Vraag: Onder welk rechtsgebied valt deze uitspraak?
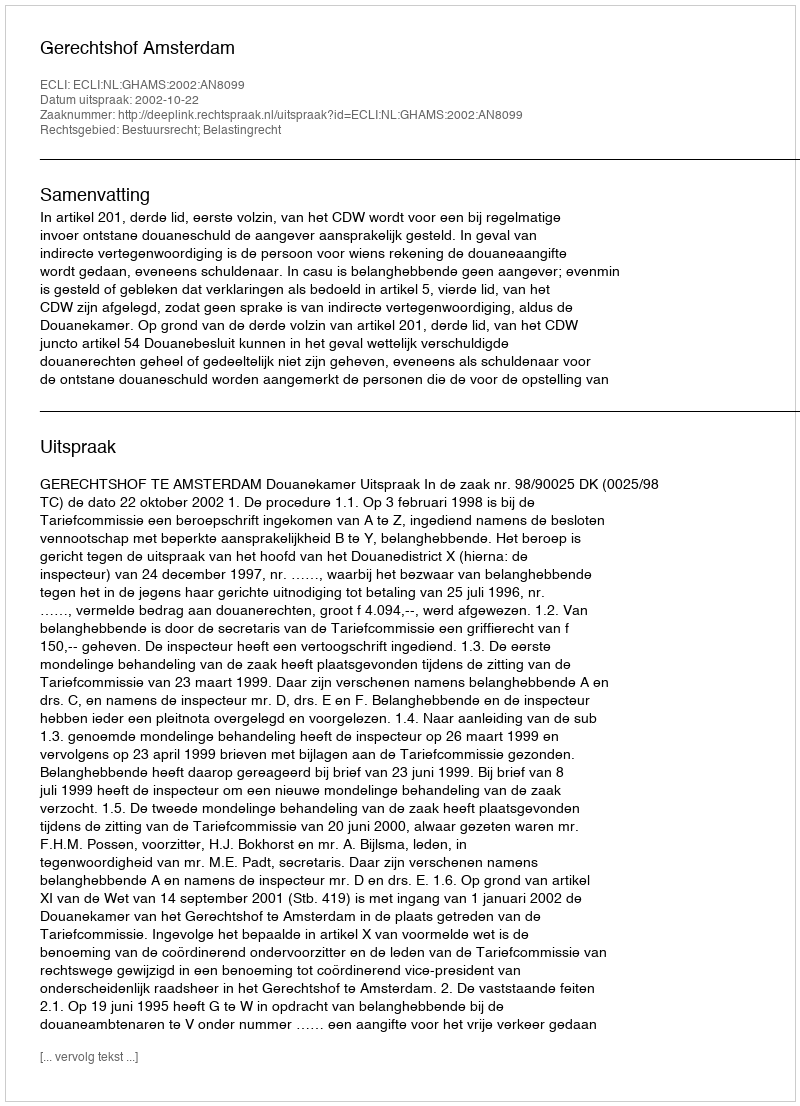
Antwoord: Bestuursrecht; Belastingrecht